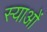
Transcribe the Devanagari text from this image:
स्याओं